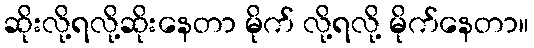
ဆိုးလို့ရလို့ဆိုးနေတာ မိုက် လို့ရလို့ မိုက်နေတာ။